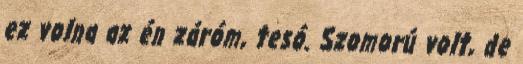
ez volna az én záróm, tesó. Szomorú volt, de